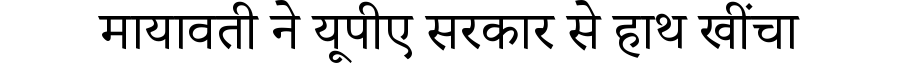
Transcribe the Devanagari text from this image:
मायावती ने यूपीए सरकार से हाथ खींचा